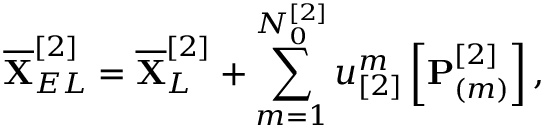
\overline { { \mathbf { X } } } _ { E L } ^ { [ 2 ] } = \overline { { \mathbf { X } } } _ { L } ^ { [ 2 ] } + \sum _ { m = 1 } ^ { N _ { 0 } ^ { [ 2 ] } } u _ { [ 2 ] } ^ { m } \left[ \mathbf { P } _ { ( m ) } ^ { [ 2 ] } \right] ,